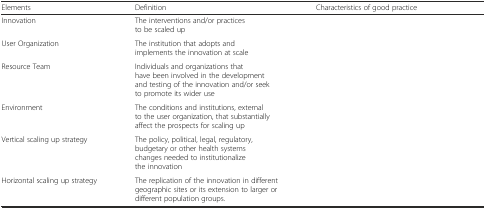
<table><thead><tr><td><b>Elements</b></td><td><b>Definition</b></td><td><b>Characteristics of good practice</b></td></tr></thead><tbody><tr><td>Innovation</td><td>The interventions and/or practices to be scaled up</td><td>[EMPTY_CELL]</td></tr><tr><td>User Organization</td><td>The institution that adopts and implements the innovation at scale</td><td>[EMPTY_CELL]</td></tr><tr><td>Resource Team</td><td>Individuals and organizations that have been involved in the development and testing of the innovation and/or seek to promote its wider use</td><td>[EMPTY_CELL]</td></tr><tr><td>Environment</td><td>The conditions and institutions, external to the user organization, that substantially affect the prospects for scaling up</td><td>[EMPTY_CELL]</td></tr><tr><td>Vertical scaling up strategy</td><td>The policy, political, legal, regulatory, budgetary or other health systems changes needed to institutionalize the innovation</td><td>[EMPTY_CELL]</td></tr><tr><td>Horizontal scaling up strategy</td><td>The replication of the innovation in different geographic sites or its extension to larger or different population groups.</td><td>[EMPTY_CELL]</td></tr></tbody></table>